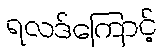
ရလဒ်ကြောင့်